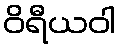
ဝိရီယဝါ